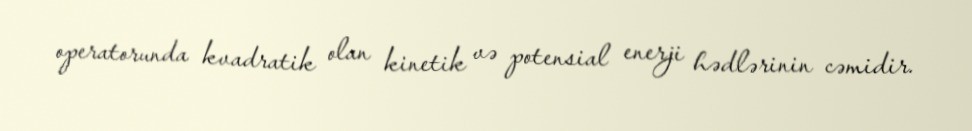
operatorunda kvadratik olan kinetik və potensial enerji hədlərinin cəmidir.